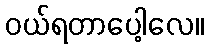
ဝယ်ရတာပေါ့လေ။